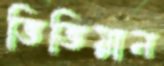
ভিভিয়ান